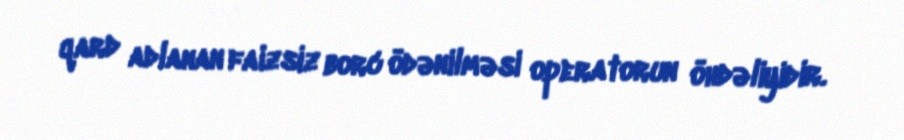
qard adlanan faizsiz borc ödənilməsi operatorun öhdəliyidir.